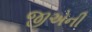
જીએની